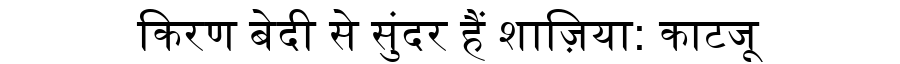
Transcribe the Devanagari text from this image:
किरण बेदी से सुंदर हैं शाज़िया: काटजू